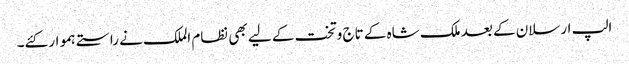
الپ ارسلان کے بعد ملک شاہ کے تاج وتخت کے لیے بھی نظام الملک نے راستے ہموار کئے۔